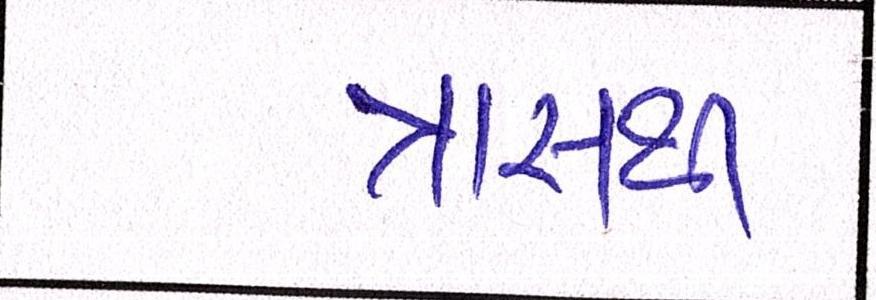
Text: ત્રાસથી